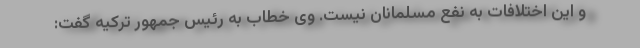
و این اختلافات به نفع مسلمانان نیست. وی خطاب به رئیس جمهور ترکیه گفت: